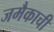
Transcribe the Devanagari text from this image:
जमैकाची